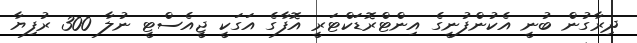
ދިރާގުން ބުނީ އެކުންފުނީގެ އިންޓްރޮޑަކްޓަރީ އޮފާގެ އަގަކީ ޖީއެސްޓީ ނުލާ 300 ރުފިޔާ